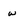
Character: w